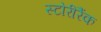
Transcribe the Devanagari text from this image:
स्टोरीरैंक